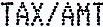
TAX/AMT